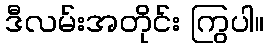
ဒီလမ်းအတိုင်း ကြွပါ။